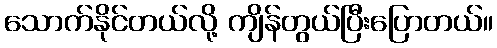
သောက်နိုင်တယ်လို့ ကျိန်တွယ်ပြီးပြောတယ်။